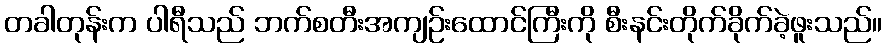
တခါတုန်းက ပါရီသည် ဘက်စတီးအကျဉ်းထောင်ကြီးကို စီးနင်းတိုက်ခိုက်ခဲ့ဖူးသည်။